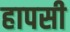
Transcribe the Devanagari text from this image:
हापसी